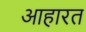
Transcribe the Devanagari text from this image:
आहारत